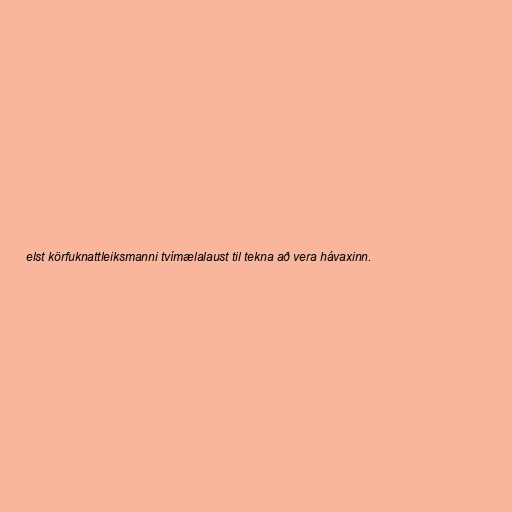
elst körfuknattleiksmanni tvímælalaust til tekna að vera hávaxinn.